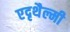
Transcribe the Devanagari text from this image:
एदृथैल्मी